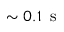
\sim 0 . 1 \, \mathrm { ~ s ~ }